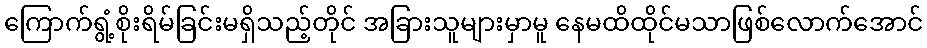
ကြောက်ရွံ့စိုးရိမ်ခြင်းမရှိသည့်တိုင် အခြားသူများမှာမူ နေမထိထိုင်မသာဖြစ်လောက်အောင်